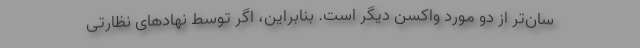
سان‌تر از دو مورد واکسن دیگر است. بنابراین، اگر توسط نهادهای نظارتی